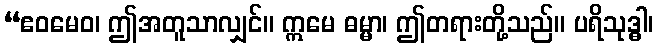
“ဧဝမေဝ၊ ဤအတူသာလျှင်။ ဣမေ ဓမ္မာ၊ ဤတရားတို့သည်။ ပရိသုဒ္ဓါ၊